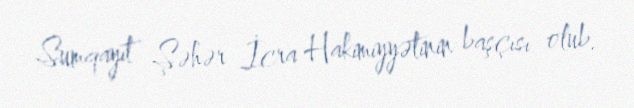
Sumqayıt Şəhər İcra Hakimiyyətinin başçısı olub.